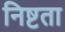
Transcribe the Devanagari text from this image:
निष्टता